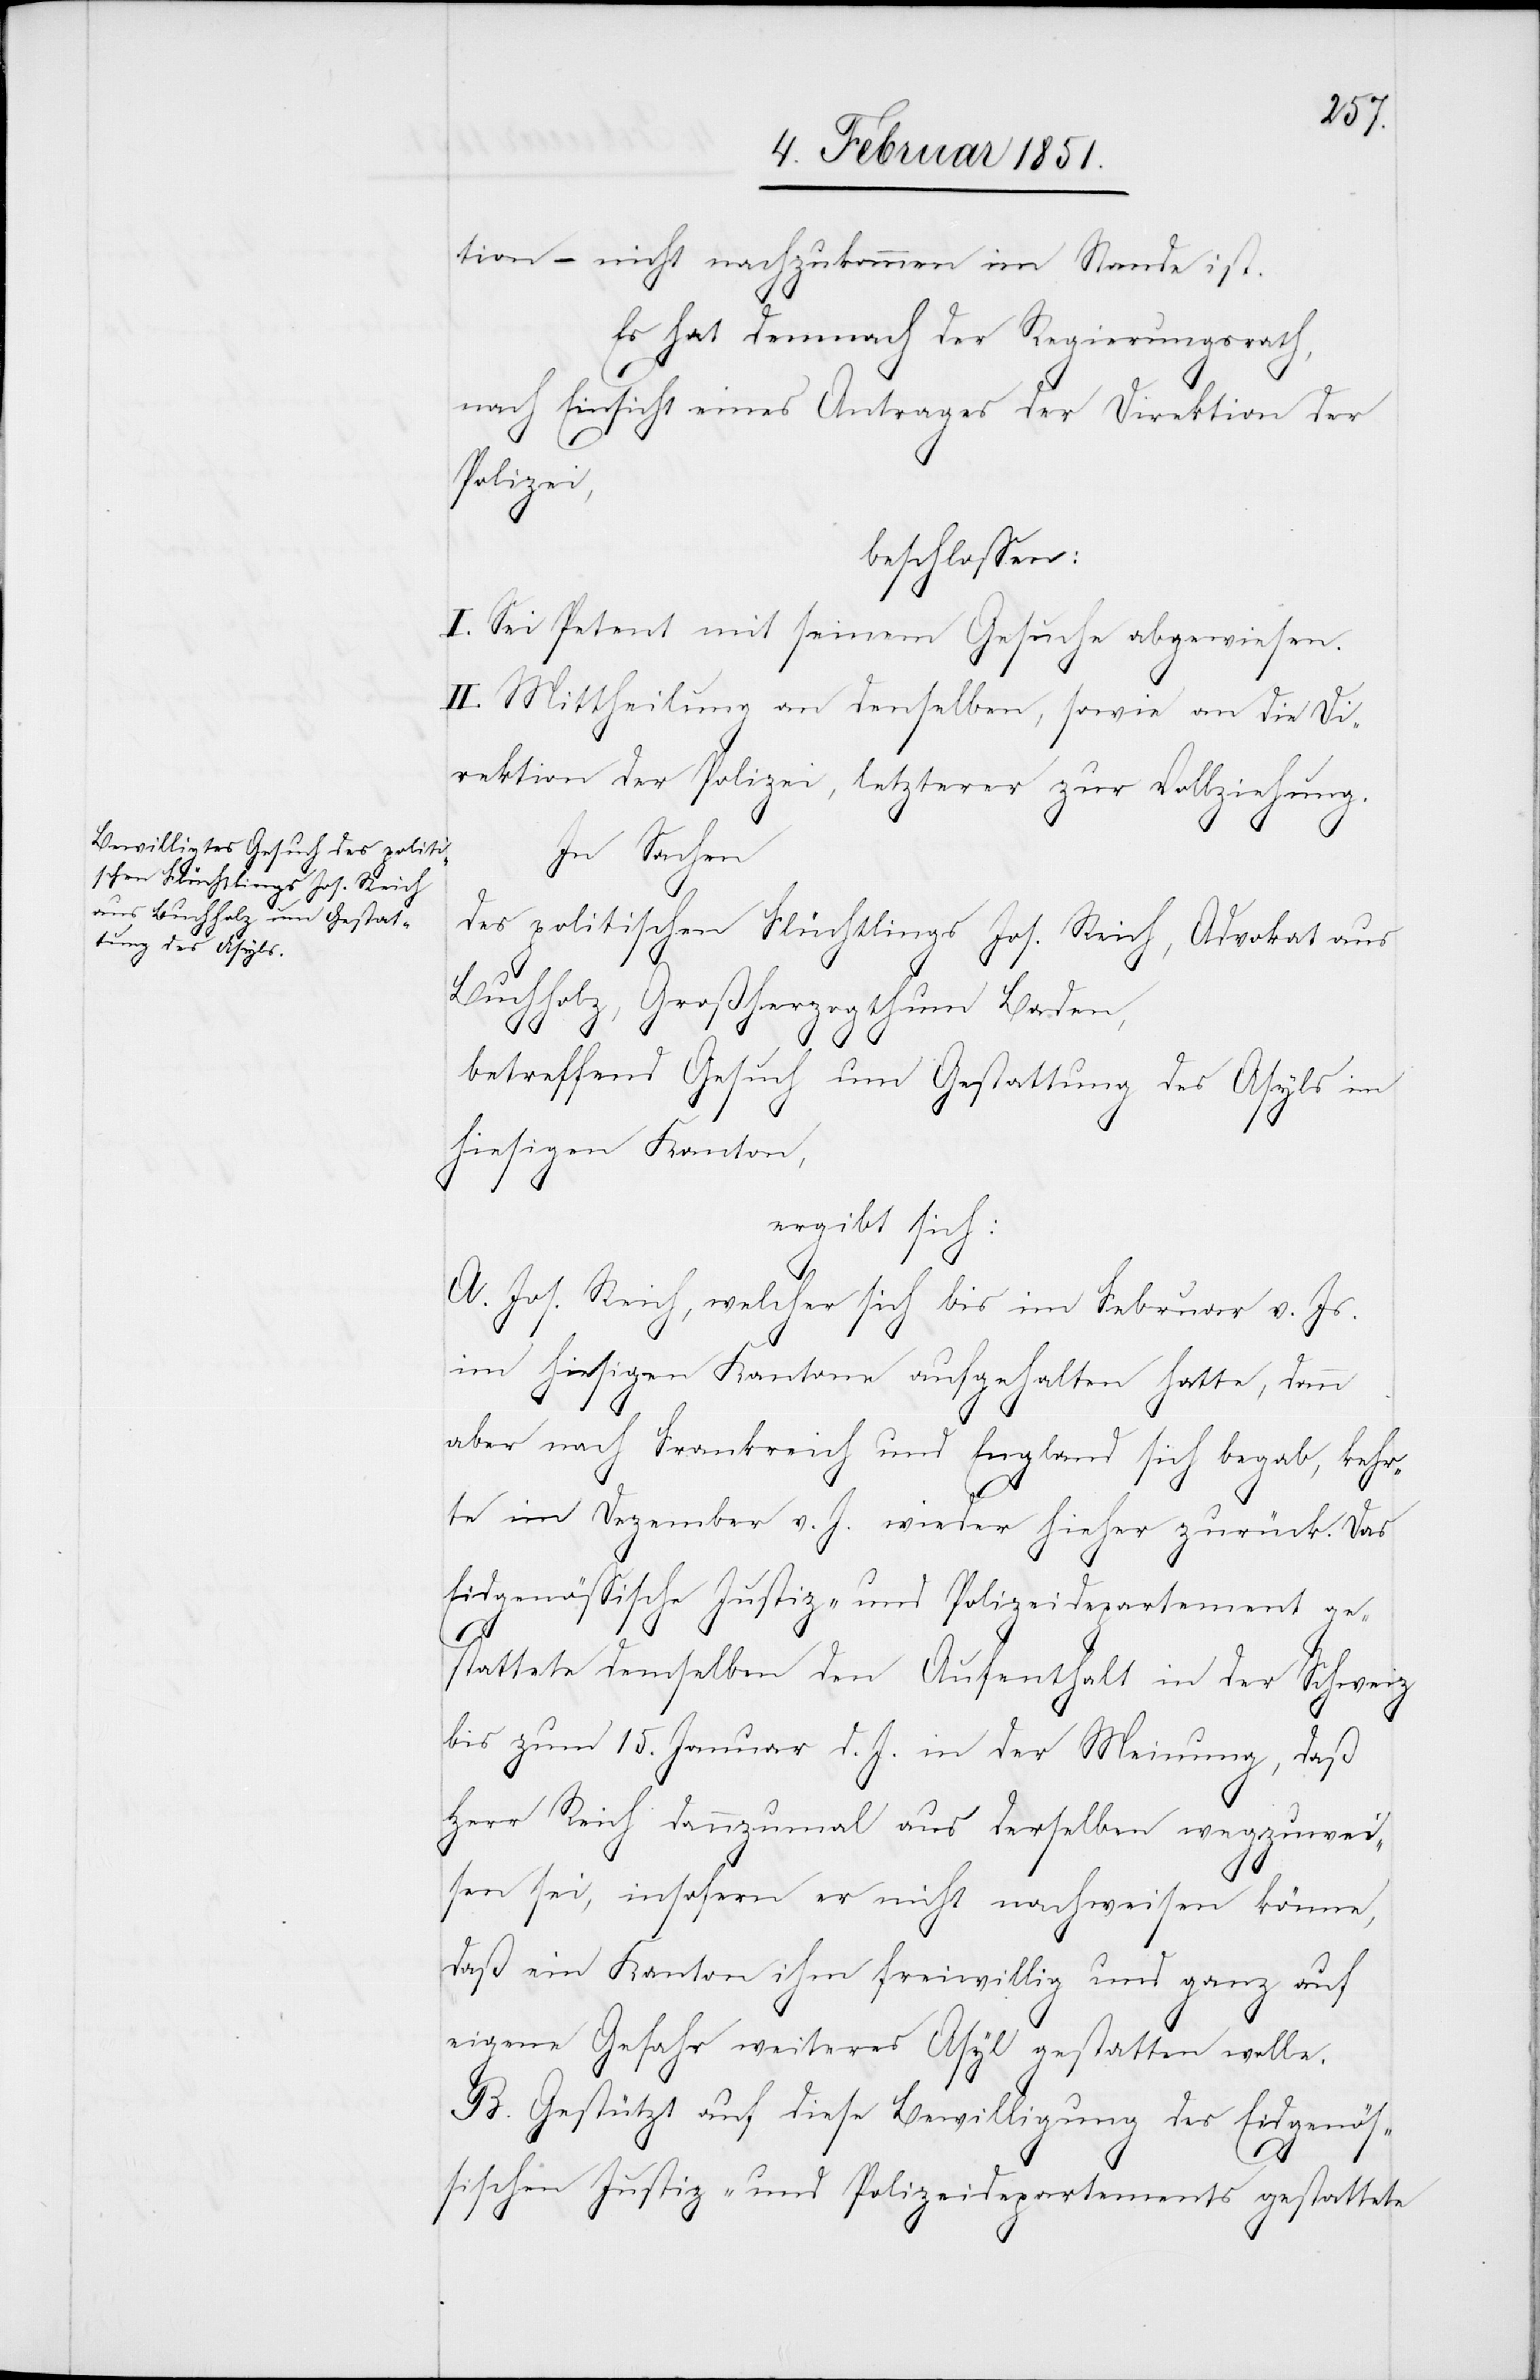
tion – nicht nachzukommen im Stande ist.
Es hat demnach der Regierungsrath,
nach Einsicht eines Antrages der Direktion der
Polizei,
beschlossen:
I. Sei Petent mit seinem Gesuche abgewiesen.
II. Mittheilung an denselben, sowie an die Di¬
rektion der Polizei, letzterer zur Vollziehung.
In Sachen
des politischen Flüchtlings Jos. Reich, Advokat aus
Buchholz, Großherzogthum Baden,
betreffend Gesuch um Gestattung des Asyls im
hiesigen Kanton,
ergibt sich:
A. Jos. Reich, welcher sich bis im Februar v. Js.
im hiesigen Kantone aufgehalten hatte, dann
aber nach Frankreich und England sich begab, kehr¬
te im Dezember v. J. wieder hieher zurück. Das
Eidgenössische Justiz- und Polizeidepartement ge¬
stattete demselben den Aufenthalt in der Schweiz
bis zum 15. Januar d. J. in der Meinung, daß
Herr Reich dannzumal aus derselben wegzuwei¬
sen sei, insofern er nicht nachweisen könne,
daß ein Kanton ihm freiwillig und ganz auf
eigene Gefahr weiteres Asyl gestatten wolle.
B. Gestützt auf diese Bewilligung des Eidgenös¬
sischen Justiz- und Polizeidepartements gestattete